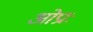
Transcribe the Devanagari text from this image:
ओप्राः